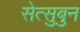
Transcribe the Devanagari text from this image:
सेत्सुबुन